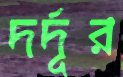
দর্দূর